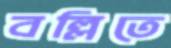
বল্লিতে